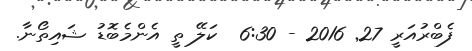
ފެބްރުއަރީ 27